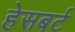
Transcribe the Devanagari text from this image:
हेसबर्ट